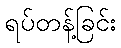
ရပ်တန့်ခြင်း